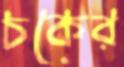
চকের